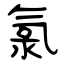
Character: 氯